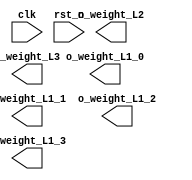
module Weight(
    input                 clk              ,
    input                 rst_n            ,
    output signed [ 15:0] o_weight_L1_0    ,
    output signed [ 15:0] o_weight_L1_1    ,
    output signed [ 15:0] o_weight_L1_2    ,
    output signed [ 15:0] o_weight_L1_3    ,
    output signed [127:0] o_weight_L2      ,
    output signed [127:0] o_weight_L3      
    );
endmodule